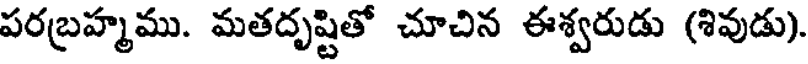
పరబ్రహ్మము. మతదృష్టితో చూచిన ఈశ్వరుడు (శివుడు).